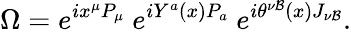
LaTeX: \Omega=e^{ix^{\mu}P_{\mu}}\ e^{iY^{a}(x)P_{a}}\ e^{i\theta^{\nu\mathcal{B}}(x)J_{\nu\mathcal{B}}}.